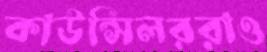
কাউন্সিলররাও